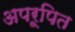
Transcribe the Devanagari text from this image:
अपरूपित